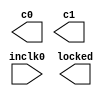
// This program was cloned from: https://github.com/niklasekstrom/flickerfixer
// License: Creative Commons Zero v1.0 Universal

// megafunction wizard: %ALTPLL%VBB%
// GENERATION: STANDARD
// VERSION: WM1.0
// MODULE: altpll 

// ============================================================
// Megafunction Name(s):
// 			altpll
//
// Simulation Library Files(s):
// 			altera_mf
// ============================================================
// ************************************************************
// THIS IS A WIZARD-GENERATED FILE. DO NOT EDIT THIS FILE!
//
// 18.1.0 Build 625 09/12/2018 SJ Lite Edition
// ************************************************************

//Copyright (C) 2018  Intel Corporation. All rights reserved.
//Your use of Intel Corporation's design tools, logic functions 
//and other software and tools, and its AMPP partner logic 
//functions, and any output files from any of the foregoing 
//(including device programming or simulation files), and any 
//associated documentation or information are expressly subject 
//to the terms and conditions of the Intel Program License 
//Subscription Agreement, the Intel Quartus Prime License Agreement,
//the Intel FPGA IP License Agreement, or other applicable license
//agreement, including, without limitation, that your use is for
//the sole purpose of programming logic devices manufactured by
//Intel and sold by Intel or its authorized distributors.  Please
//refer to the applicable agreement for further details.

module pll (
	inclk0,
	c0,
	c1,
	locked);

	input	  inclk0;
	output	  c0;
	output	  c1;
	output	  locked;

endmodule

// ============================================================
// CNX file retrieval info
// ============================================================
// Retrieval info: PRIVATE: ACTIVECLK_CHECK STRING "0"
// Retrieval info: PRIVATE: BANDWIDTH STRING "1.000"
// Retrieval info: PRIVATE: BANDWIDTH_FEATURE_ENABLED STRING "1"
// Retrieval info: PRIVATE: BANDWIDTH_FREQ_UNIT STRING "MHz"
// Retrieval info: PRIVATE: BANDWIDTH_PRESET STRING "Low"
// Retrieval info: PRIVATE: BANDWIDTH_USE_AUTO STRING "1"
// Retrieval info: PRIVATE: BANDWIDTH_USE_PRESET STRING "0"
// Retrieval info: PRIVATE: CLKBAD_SWITCHOVER_CHECK STRING "0"
// Retrieval info: PRIVATE: CLKLOSS_CHECK STRING "0"
// Retrieval info: PRIVATE: CLKSWITCH_CHECK STRING "0"
// Retrieval info: PRIVATE: CNX_NO_COMPENSATE_RADIO STRING "0"
// Retrieval info: PRIVATE: CREATE_CLKBAD_CHECK STRING "0"
// Retrieval info: PRIVATE: CREATE_INCLK1_CHECK STRING "0"
// Retrieval info: PRIVATE: CUR_DEDICATED_CLK STRING "c0"
// Retrieval info: PRIVATE: CUR_FBIN_CLK STRING "c0"
// Retrieval info: PRIVATE: DEVICE_SPEED_GRADE STRING "7"
// Retrieval info: PRIVATE: DIV_FACTOR0 NUMERIC "1"
// Retrieval info: PRIVATE: DIV_FACTOR1 NUMERIC "1"
// Retrieval info: PRIVATE: DUTY_CYCLE0 STRING "50.00000000"
// Retrieval info: PRIVATE: DUTY_CYCLE1 STRING "50.00000000"
// Retrieval info: PRIVATE: EFF_OUTPUT_FREQ_VALUE0 STRING "14.187617"
// Retrieval info: PRIVATE: EFF_OUTPUT_FREQ_VALUE1 STRING "113.500938"
// Retrieval info: PRIVATE: EXPLICIT_SWITCHOVER_COUNTER STRING "0"
// Retrieval info: PRIVATE: EXT_FEEDBACK_RADIO STRING "0"
// Retrieval info: PRIVATE: GLOCKED_COUNTER_EDIT_CHANGED STRING "1"
// Retrieval info: PRIVATE: GLOCKED_FEATURE_ENABLED STRING "0"
// Retrieval info: PRIVATE: GLOCKED_MODE_CHECK STRING "0"
// Retrieval info: PRIVATE: GLOCK_COUNTER_EDIT NUMERIC "1048575"
// Retrieval info: PRIVATE: HAS_MANUAL_SWITCHOVER STRING "1"
// Retrieval info: PRIVATE: INCLK0_FREQ_EDIT STRING "140.968"
// Retrieval info: PRIVATE: INCLK0_FREQ_UNIT_COMBO STRING "ns"
// Retrieval info: PRIVATE: INCLK1_FREQ_EDIT STRING "100.000"
// Retrieval info: PRIVATE: INCLK1_FREQ_EDIT_CHANGED STRING "1"
// Retrieval info: PRIVATE: INCLK1_FREQ_UNIT_CHANGED STRING "1"
// Retrieval info: PRIVATE: INCLK1_FREQ_UNIT_COMBO STRING "MHz"
// Retrieval info: PRIVATE: INTENDED_DEVICE_FAMILY STRING "MAX 10"
// Retrieval info: PRIVATE: INT_FEEDBACK__MODE_RADIO STRING "1"
// Retrieval info: PRIVATE: LOCKED_OUTPUT_CHECK STRING "1"
// Retrieval info: PRIVATE: LONG_SCAN_RADIO STRING "1"
// Retrieval info: PRIVATE: LVDS_MODE_DATA_RATE STRING "Not Available"
// Retrieval info: PRIVATE: LVDS_MODE_DATA_RATE_DIRTY NUMERIC "0"
// Retrieval info: PRIVATE: LVDS_PHASE_SHIFT_UNIT0 STRING "deg"
// Retrieval info: PRIVATE: LVDS_PHASE_SHIFT_UNIT1 STRING "ps"
// Retrieval info: PRIVATE: MIG_DEVICE_SPEED_GRADE STRING "Any"
// Retrieval info: PRIVATE: MIRROR_CLK0 STRING "0"
// Retrieval info: PRIVATE: MIRROR_CLK1 STRING "0"
// Retrieval info: PRIVATE: MULT_FACTOR0 NUMERIC "2"
// Retrieval info: PRIVATE: MULT_FACTOR1 NUMERIC "16"
// Retrieval info: PRIVATE: NORMAL_MODE_RADIO STRING "1"
// Retrieval info: PRIVATE: OUTPUT_FREQ0 STRING "100.00000000"
// Retrieval info: PRIVATE: OUTPUT_FREQ1 STRING "40.00000000"
// Retrieval info: PRIVATE: OUTPUT_FREQ_MODE0 STRING "0"
// Retrieval info: PRIVATE: OUTPUT_FREQ_MODE1 STRING "0"
// Retrieval info: PRIVATE: OUTPUT_FREQ_UNIT0 STRING "MHz"
// Retrieval info: PRIVATE: OUTPUT_FREQ_UNIT1 STRING "MHz"
// Retrieval info: PRIVATE: PHASE_RECONFIG_FEATURE_ENABLED STRING "1"
// Retrieval info: PRIVATE: PHASE_RECONFIG_INPUTS_CHECK STRING "0"
// Retrieval info: PRIVATE: PHASE_SHIFT0 STRING "180.00000000"
// Retrieval info: PRIVATE: PHASE_SHIFT1 STRING "0.00000000"
// Retrieval info: PRIVATE: PHASE_SHIFT_STEP_ENABLED_CHECK STRING "0"
// Retrieval info: PRIVATE: PHASE_SHIFT_UNIT0 STRING "deg"
// Retrieval info: PRIVATE: PHASE_SHIFT_UNIT1 STRING "ps"
// Retrieval info: PRIVATE: PLL_ADVANCED_PARAM_CHECK STRING "0"
// Retrieval info: PRIVATE: PLL_ARESET_CHECK STRING "0"
// Retrieval info: PRIVATE: PLL_AUTOPLL_CHECK NUMERIC "1"
// Retrieval info: PRIVATE: PLL_ENHPLL_CHECK NUMERIC "0"
// Retrieval info: PRIVATE: PLL_FASTPLL_CHECK NUMERIC "0"
// Retrieval info: PRIVATE: PLL_FBMIMIC_CHECK STRING "0"
// Retrieval info: PRIVATE: PLL_LVDS_PLL_CHECK NUMERIC "0"
// Retrieval info: PRIVATE: PLL_PFDENA_CHECK STRING "0"
// Retrieval info: PRIVATE: PLL_TARGET_HARCOPY_CHECK NUMERIC "0"
// Retrieval info: PRIVATE: PRIMARY_CLK_COMBO STRING "inclk0"
// Retrieval info: PRIVATE: RECONFIG_FILE STRING "pll.mif"
// Retrieval info: PRIVATE: SACN_INPUTS_CHECK STRING "0"
// Retrieval info: PRIVATE: SCAN_FEATURE_ENABLED STRING "1"
// Retrieval info: PRIVATE: SELF_RESET_LOCK_LOSS STRING "0"
// Retrieval info: PRIVATE: SHORT_SCAN_RADIO STRING "0"
// Retrieval info: PRIVATE: SPREAD_FEATURE_ENABLED STRING "0"
// Retrieval info: PRIVATE: SPREAD_FREQ STRING "50.000"
// Retrieval info: PRIVATE: SPREAD_FREQ_UNIT STRING "KHz"
// Retrieval info: PRIVATE: SPREAD_PERCENT STRING "0.500"
// Retrieval info: PRIVATE: SPREAD_USE STRING "0"
// Retrieval info: PRIVATE: SRC_SYNCH_COMP_RADIO STRING "0"
// Retrieval info: PRIVATE: STICKY_CLK0 STRING "1"
// Retrieval info: PRIVATE: STICKY_CLK1 STRING "1"
// Retrieval info: PRIVATE: STICKY_CLK2 STRING "0"
// Retrieval info: PRIVATE: STICKY_CLK3 STRING "0"
// Retrieval info: PRIVATE: STICKY_CLK4 STRING "0"
// Retrieval info: PRIVATE: SWITCHOVER_COUNT_EDIT NUMERIC "1"
// Retrieval info: PRIVATE: SWITCHOVER_FEATURE_ENABLED STRING "1"
// Retrieval info: PRIVATE: SYNTH_WRAPPER_GEN_POSTFIX STRING "0"
// Retrieval info: PRIVATE: USE_CLK0 STRING "1"
// Retrieval info: PRIVATE: USE_CLK1 STRING "1"
// Retrieval info: PRIVATE: USE_CLKENA0 STRING "0"
// Retrieval info: PRIVATE: USE_CLKENA1 STRING "0"
// Retrieval info: PRIVATE: USE_MIL_SPEED_GRADE NUMERIC "0"
// Retrieval info: PRIVATE: ZERO_DELAY_RADIO STRING "0"
// Retrieval info: LIBRARY: altera_mf altera_mf.altera_mf_components.all
// Retrieval info: CONSTANT: BANDWIDTH_TYPE STRING "AUTO"
// Retrieval info: CONSTANT: CLK0_DIVIDE_BY NUMERIC "1"
// Retrieval info: CONSTANT: CLK0_DUTY_CYCLE NUMERIC "50"
// Retrieval info: CONSTANT: CLK0_MULTIPLY_BY NUMERIC "2"
// Retrieval info: CONSTANT: CLK0_PHASE_SHIFT STRING "35242"
// Retrieval info: CONSTANT: CLK1_DIVIDE_BY NUMERIC "1"
// Retrieval info: CONSTANT: CLK1_DUTY_CYCLE NUMERIC "50"
// Retrieval info: CONSTANT: CLK1_MULTIPLY_BY NUMERIC "16"
// Retrieval info: CONSTANT: CLK1_PHASE_SHIFT STRING "0"
// Retrieval info: CONSTANT: COMPENSATE_CLOCK STRING "CLK0"
// Retrieval info: CONSTANT: INCLK0_INPUT_FREQUENCY NUMERIC "140968"
// Retrieval info: CONSTANT: INTENDED_DEVICE_FAMILY STRING "MAX 10"
// Retrieval info: CONSTANT: LPM_TYPE STRING "altpll"
// Retrieval info: CONSTANT: OPERATION_MODE STRING "NORMAL"
// Retrieval info: CONSTANT: PLL_TYPE STRING "AUTO"
// Retrieval info: CONSTANT: PORT_ACTIVECLOCK STRING "PORT_UNUSED"
// Retrieval info: CONSTANT: PORT_ARESET STRING "PORT_UNUSED"
// Retrieval info: CONSTANT: PORT_CLKBAD0 STRING "PORT_UNUSED"
// Retrieval info: CONSTANT: PORT_CLKBAD1 STRING "PORT_UNUSED"
// Retrieval info: CONSTANT: PORT_CLKLOSS STRING "PORT_UNUSED"
// Retrieval info: CONSTANT: PORT_CLKSWITCH STRING "PORT_UNUSED"
// Retrieval info: CONSTANT: PORT_CONFIGUPDATE STRING "PORT_UNUSED"
// Retrieval info: CONSTANT: PORT_FBIN STRING "PORT_UNUSED"
// Retrieval info: CONSTANT: PORT_INCLK0 STRING "PORT_USED"
// Retrieval info: CONSTANT: PORT_INCLK1 STRING "PORT_UNUSED"
// Retrieval info: CONSTANT: PORT_LOCKED STRING "PORT_USED"
// Retrieval info: CONSTANT: PORT_PFDENA STRING "PORT_UNUSED"
// Retrieval info: CONSTANT: PORT_PHASECOUNTERSELECT STRING "PORT_UNUSED"
// Retrieval info: CONSTANT: PORT_PHASEDONE STRING "PORT_UNUSED"
// Retrieval info: CONSTANT: PORT_PHASESTEP STRING "PORT_UNUSED"
// Retrieval info: CONSTANT: PORT_PHASEUPDOWN STRING "PORT_UNUSED"
// Retrieval info: CONSTANT: PORT_PLLENA STRING "PORT_UNUSED"
// Retrieval info: CONSTANT: PORT_SCANACLR STRING "PORT_UNUSED"
// Retrieval info: CONSTANT: PORT_SCANCLK STRING "PORT_UNUSED"
// Retrieval info: CONSTANT: PORT_SCANCLKENA STRING "PORT_UNUSED"
// Retrieval info: CONSTANT: PORT_SCANDATA STRING "PORT_UNUSED"
// Retrieval info: CONSTANT: PORT_SCANDATAOUT STRING "PORT_UNUSED"
// Retrieval info: CONSTANT: PORT_SCANDONE STRING "PORT_UNUSED"
// Retrieval info: CONSTANT: PORT_SCANREAD STRING "PORT_UNUSED"
// Retrieval info: CONSTANT: PORT_SCANWRITE STRING "PORT_UNUSED"
// Retrieval info: CONSTANT: PORT_clk0 STRING "PORT_USED"
// Retrieval info: CONSTANT: PORT_clk1 STRING "PORT_USED"
// Retrieval info: CONSTANT: PORT_clk2 STRING "PORT_UNUSED"
// Retrieval info: CONSTANT: PORT_clk3 STRING "PORT_UNUSED"
// Retrieval info: CONSTANT: PORT_clk4 STRING "PORT_UNUSED"
// Retrieval info: CONSTANT: PORT_clk5 STRING "PORT_UNUSED"
// Retrieval info: CONSTANT: PORT_clkena0 STRING "PORT_UNUSED"
// Retrieval info: CONSTANT: PORT_clkena1 STRING "PORT_UNUSED"
// Retrieval info: CONSTANT: PORT_clkena2 STRING "PORT_UNUSED"
// Retrieval info: CONSTANT: PORT_clkena3 STRING "PORT_UNUSED"
// Retrieval info: CONSTANT: PORT_clkena4 STRING "PORT_UNUSED"
// Retrieval info: CONSTANT: PORT_clkena5 STRING "PORT_UNUSED"
// Retrieval info: CONSTANT: PORT_extclk0 STRING "PORT_UNUSED"
// Retrieval info: CONSTANT: PORT_extclk1 STRING "PORT_UNUSED"
// Retrieval info: CONSTANT: PORT_extclk2 STRING "PORT_UNUSED"
// Retrieval info: CONSTANT: PORT_extclk3 STRING "PORT_UNUSED"
// Retrieval info: CONSTANT: SELF_RESET_ON_LOSS_LOCK STRING "OFF"
// Retrieval info: CONSTANT: WIDTH_CLOCK NUMERIC "5"
// Retrieval info: USED_PORT: @clk 0 0 5 0 OUTPUT_CLK_EXT VCC "@clk[4..0]"
// Retrieval info: USED_PORT: c0 0 0 0 0 OUTPUT_CLK_EXT VCC "c0"
// Retrieval info: USED_PORT: c1 0 0 0 0 OUTPUT_CLK_EXT VCC "c1"
// Retrieval info: USED_PORT: inclk0 0 0 0 0 INPUT_CLK_EXT GND "inclk0"
// Retrieval info: USED_PORT: locked 0 0 0 0 OUTPUT GND "locked"
// Retrieval info: CONNECT: @inclk 0 0 1 1 GND 0 0 0 0
// Retrieval info: CONNECT: @inclk 0 0 1 0 inclk0 0 0 0 0
// Retrieval info: CONNECT: c0 0 0 0 0 @clk 0 0 1 0
// Retrieval info: CONNECT: c1 0 0 0 0 @clk 0 0 1 1
// Retrieval info: CONNECT: locked 0 0 0 0 @locked 0 0 0 0
// Retrieval info: GEN_FILE: TYPE_NORMAL pll.v TRUE
// Retrieval info: GEN_FILE: TYPE_NORMAL pll.ppf TRUE
// Retrieval info: GEN_FILE: TYPE_NORMAL pll.inc FALSE
// Retrieval info: GEN_FILE: TYPE_NORMAL pll.cmp FALSE
// Retrieval info: GEN_FILE: TYPE_NORMAL pll.bsf FALSE
// Retrieval info: GEN_FILE: TYPE_NORMAL pll_inst.v TRUE
// Retrieval info: GEN_FILE: TYPE_NORMAL pll_bb.v TRUE
// Retrieval info: LIB_FILE: altera_mf
// Retrieval info: CBX_MODULE_PREFIX: ON